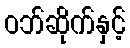
ဝဘ်ဆိုက်နှင့်